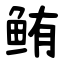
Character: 鲔